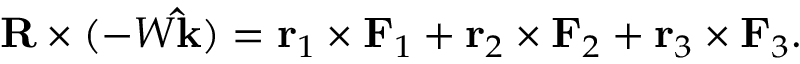
\mathbf { R } \times ( - W \mathbf { \hat { k } } ) = \mathbf { r } _ { 1 } \times \mathbf { F } _ { 1 } + \mathbf { r } _ { 2 } \times \mathbf { F } _ { 2 } + \mathbf { r } _ { 3 } \times \mathbf { F } _ { 3 } .